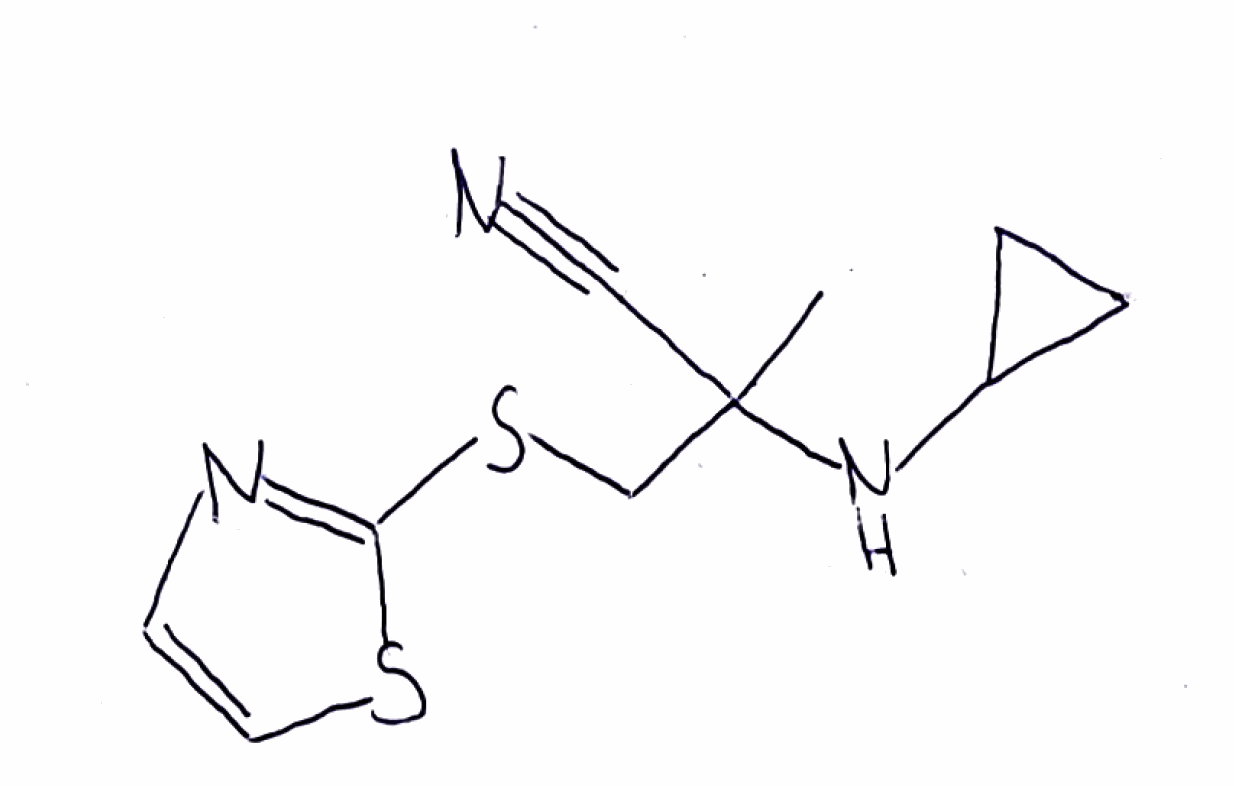
Simplified molecular-input line-entry system (SMILES) notation of the given molecule:
CC(CSC1=NC=CS1)(C#N)NC2CC2